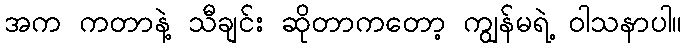
အက ကတာနဲ့ သီချင်း ဆိုတာကတော့ ကျွန်မရဲ့ ဝါသနာပါ။